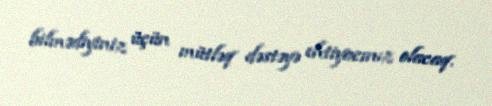
bilmədiyiniz üçün mütləq dəstəyə ehtiyacınız olacaq.